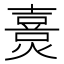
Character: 𤏴